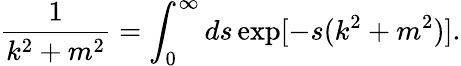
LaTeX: \frac{1}{k^{2}+m^{2}}=\int_{0}^{\infty}ds\exp[-s(k^{2}+m^{2})].